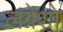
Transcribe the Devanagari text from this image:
लग्नेशो